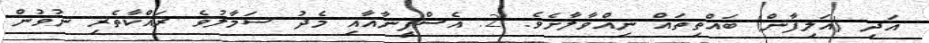
އަދި (އަލިފާން) ބައްތިތައް ނިއްވާލާށެވެ. 2. އެސްފީނާއާއި މެދު ސަމާލުވެ ރައްކާތެރި ނުވުން